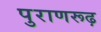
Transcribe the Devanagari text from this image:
पुराणरूढ़